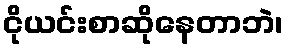
ငိုယင်းစာဆိုနေတာဘဲ၊